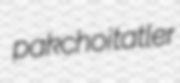
pakchoi tatler